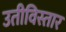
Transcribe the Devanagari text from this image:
उतीविस्तार